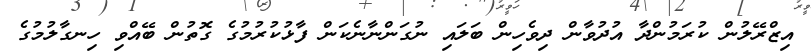
އިޒްރޭލުން ކުރަމުންދާ އުދުވާން ދިވެހިން ބަލައި ނުގަންނާނެކަން ފާޅުކުރުމުގެ ގޮތުން ބޭއްވި ހިނގާލުމުގެ